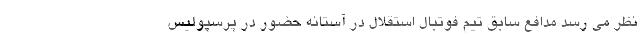
نظر می رسد مدافع سابق تیم فوتبال استقلال در آستانه حضور در پرسپولیس